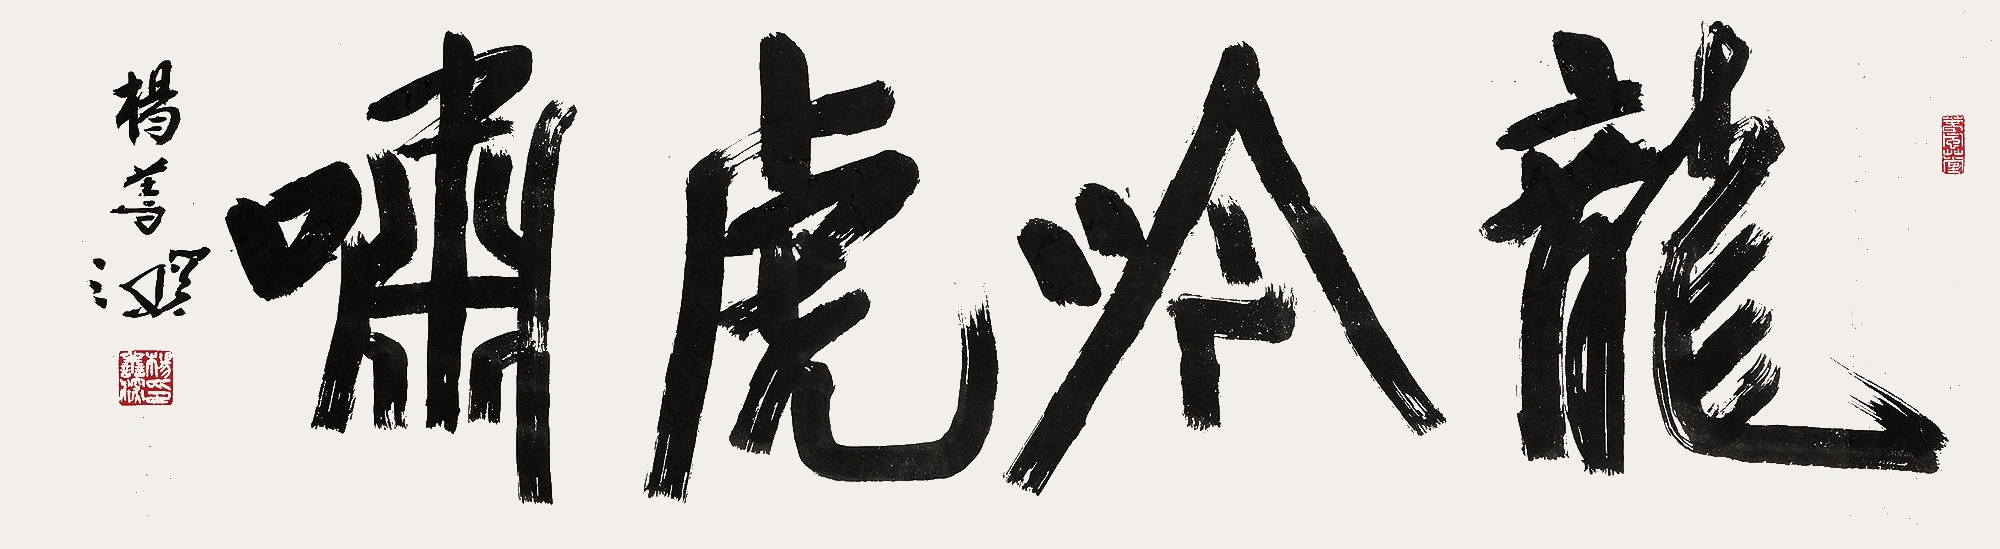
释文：龙吟虎啸杨善深